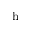
_ \mathrm { h }